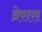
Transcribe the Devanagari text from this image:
ब्रेसस